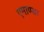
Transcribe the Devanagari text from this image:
एमाण्डा